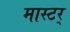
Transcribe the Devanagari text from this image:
मास्टर्